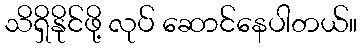
သိရှိနိုင်ဖို့ လုပ် ဆောင်နေပါတယ်။